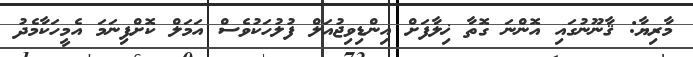
މާރިޔާ: ޤާނޫނުގައި އޮންނަ ގޮތާ ޚިލާފަށް އިންޑިިވިޖުއަލް ފުލުހަކުވެސް އަމަލް ކޮށްފިނަމަ އެމީހަކާމެދު